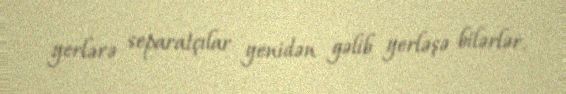
yerlərə separatçılar yenidən gəlib yerləşə bilərlər.